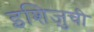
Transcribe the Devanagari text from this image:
इशिज़ुची